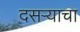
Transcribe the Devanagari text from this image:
दसऱ्याचा